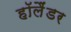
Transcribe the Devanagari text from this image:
हॉलैंडर